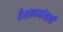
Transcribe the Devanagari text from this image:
देशकार्यासाठी